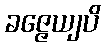
ခဇ္ဇေယျပိ